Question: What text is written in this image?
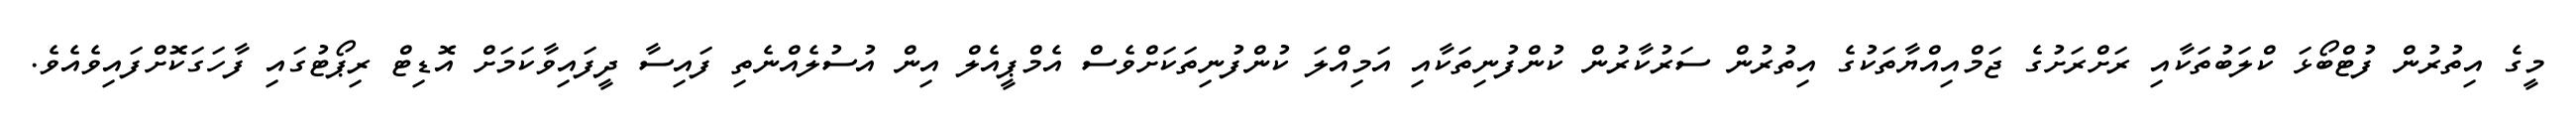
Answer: މީގެ އިތުރުން ފުޓްބޯޅަ ކްލަބުތަކާއި ރަށްރަށުގެ ޖަމްއިއްޔާތަކުގެ އިތުރުން ސަރުކާރުން ކުންފުނިތަކާއި އަމިއްލަ ކުންފުނިތަކަށްވެސް އެމްޕީއެލް އިން އުސުލެއްނެތި ފައިސާ ދީފައިވާކަމަށް އޮޑިޓް ރިޕޯޓުގައި ފާހަގަކޮށްފައިވެއެވެ.